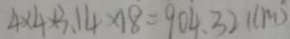
4 \times 4 \times 3 . 1 4 \times 1 8 = 9 0 4 . 3 2 ( c m )